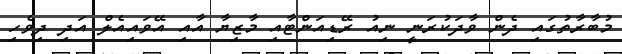
މުބާރާތުގައި ދެން ވާދަކުރަނީ ނިއު ރޭޑިއަންޓާއި މާޒިޔާ އާއި އޭވައިއެލް އަދި ދިވެހި